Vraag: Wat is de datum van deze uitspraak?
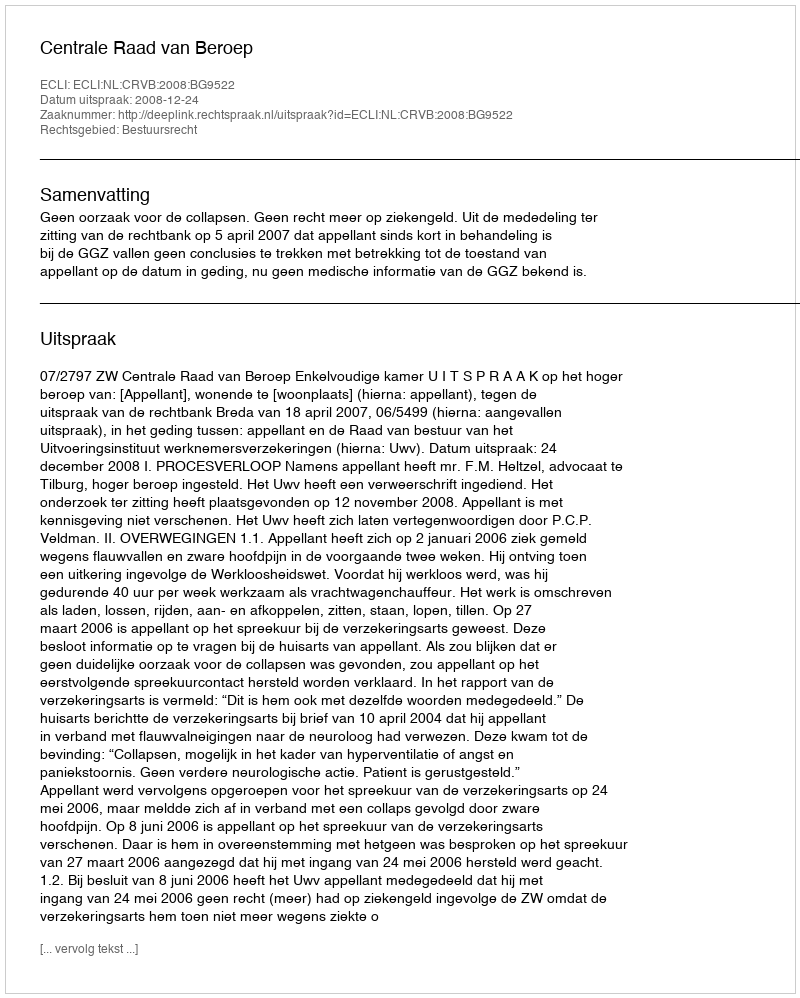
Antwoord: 2008-12-24